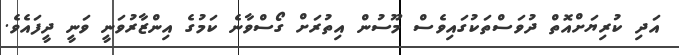
އަދި ކުރިޔަށްއޮތް ދުވަސްތަކުގައިވެސް މޫސުން އިތުރަށް ގޯސްވާނެ ކަމުގެ އިންޒާރުވަނީ ވަނީ ދީފައެވެ.